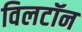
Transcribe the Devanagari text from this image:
विलटॉन